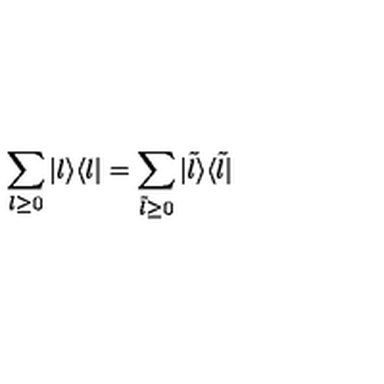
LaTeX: \sum _ { l \geq 0 } | l \rangle \langle l | = \sum _ { \tilde { l } \geq 0 } | \tilde { l } \rangle \langle \tilde { l } |